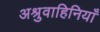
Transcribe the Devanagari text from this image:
अश्रुवाहिनियाँ